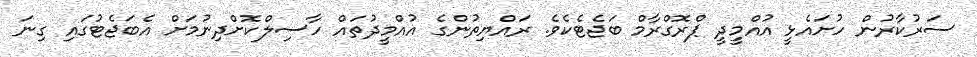
ސަރުކާރުން ހުށައެޅީ އުއްމީދީ ޕްރޮގްރާމް ބަޖެޓެކެވެ. ރައްޔިތުންގެ އުއްމީދުތައް ހާސިލްކޮށްދިނުމަށް އެބަޖެޓުގައި ގިނަ